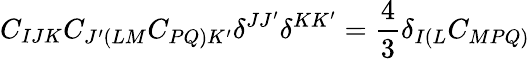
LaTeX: C_{IJK}C_{J^{\prime}\left(LM\right.}C_{\left.PQ\right)K^{\prime}}\delta^{JJ^{\prime}}\delta^{KK^{\prime}}=\frac{4}{3}\delta_{I\left(L\right.}C_{\left.MPQ\right)}